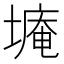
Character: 𮰫